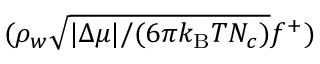
( \rho _ { w } \sqrt { | \Delta \mu | / ( 6 \pi k _ { \mathrm { B } } T N _ { c } ) } f ^ { + } )